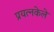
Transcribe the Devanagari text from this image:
प्रयत्‍नकेले